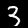
Label: 3